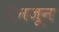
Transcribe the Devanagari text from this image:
जैनजून